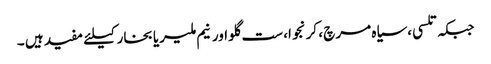
جبکہ تلسی ،سیاہ مرچ ، کرنجوا، ست گلو اورنیم ملیریا بخار کیلئے مفید ہیں ۔